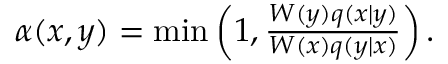
\begin{array} { r } { \alpha ( x , y ) = \mathrm { m i n } \left( 1 , \frac { W ( y ) q ( x | y ) } { W ( x ) q ( y | x ) } \right) . } \end{array}